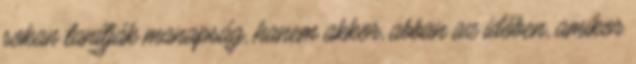
sokan tanítják manapság, hanem akkor, abban az időben, amikor